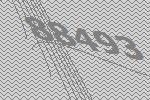
88493